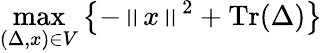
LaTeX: \operatorname*{max}_{(\Delta,{x})\in{V}}\left\{ {-\left\| {x}\right\| ^{2}+\operatorname{Tr}(\Delta)}\right\}